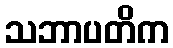
သဘာပတိက